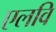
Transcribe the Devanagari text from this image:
एलवि